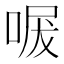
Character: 𭈩